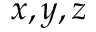
x , y , z